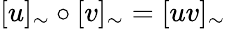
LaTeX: [u]_{\sim}\circ[v]_{\sim}=[uv]_{\sim}